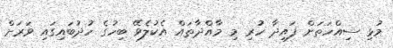
މުޅި ސިއްހަތަށް ފައިދާ ހުރި މި މާއްދާތައް އެކުލެވޭ ބިހުގެ ހުދުބައިގައި ވަރަށް